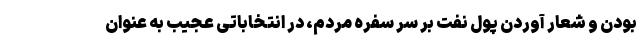
بودن و شعار آوردن پول نفت بر سر سفره مردم، در انتخاباتی عجیب به عنوان